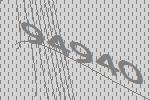
94940